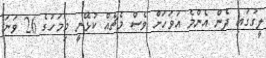
ލީގުގައި ދެން އެންމެ އަވަހަށް ވެސް މެޗެއް ކުޅޭނީ މިމަހުގެ 26 ވަނަ